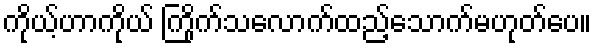
ကိုယ့်ဟာကိုယ် ကြိုက်သလောက်ထည့်သောက်မဟုတ်ပေ။